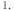
1.